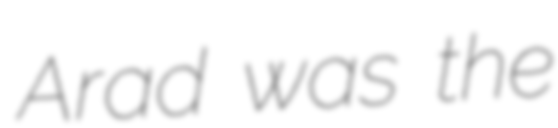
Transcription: Arad was the